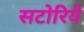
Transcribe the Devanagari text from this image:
सटोरिये